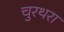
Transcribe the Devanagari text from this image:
चुरथरा